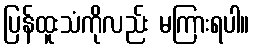
ပြန်ထူးသံကိုလည်း မကြားရပါ။